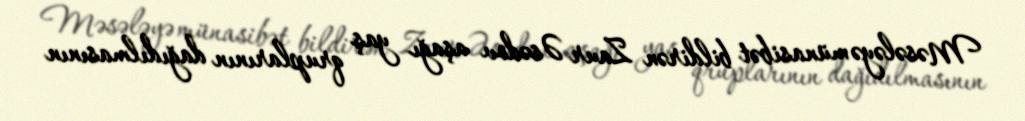
Məsələyə münasibət bildirən Zaur Əsədov aşağı yaş qruplarının dağıdılmasının